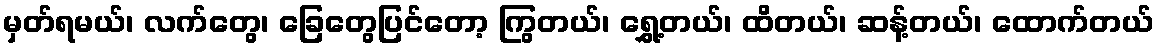
မှတ်ရမယ်၊ လက်တွေ၊ ခြေတွေပြင်တော့ ကြွတယ်၊ ရွှေ့တယ်၊ ထိတယ်၊ ဆန့်တယ်၊ ထောက်တယ်